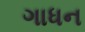
ગાધન